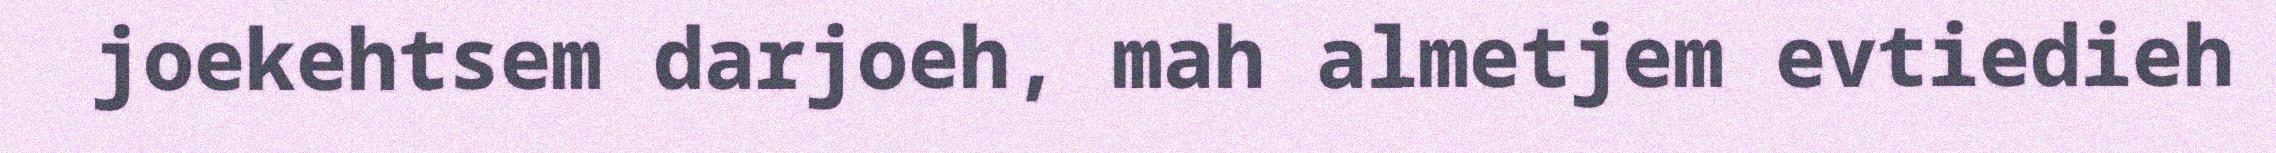
joekehtsem darjoeh, mah almetjem evtiedieh